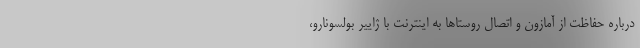
درباره حفاظت از آمازون و اتصال روستاها به اینترنت با ژاییر بولسونارو،